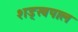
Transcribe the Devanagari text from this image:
शड्खपाल